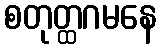
စတုတ္ထဂမနေ